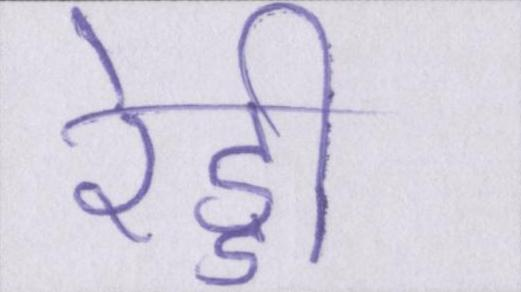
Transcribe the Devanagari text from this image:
रेड्डी